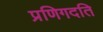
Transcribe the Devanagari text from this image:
प्रणिगदति